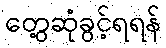
တွေ့ဆုံခွင့်ရရန်